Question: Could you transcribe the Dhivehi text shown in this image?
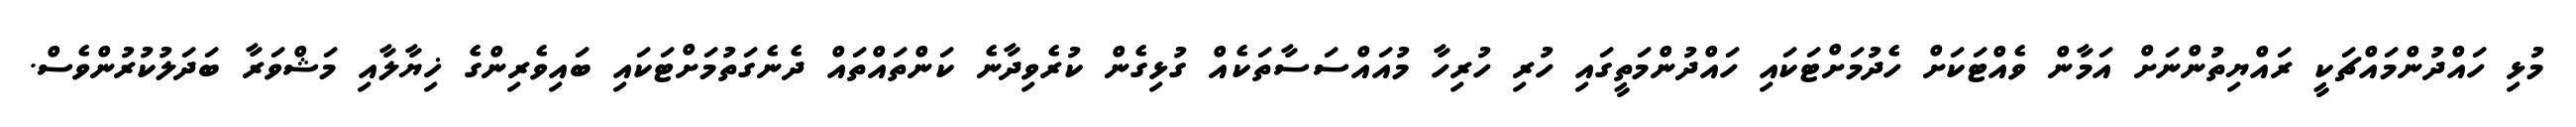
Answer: މުޅި ހައްދުންމައްޗަކީ ރައްޔިތުންނަށް އަމާން ވެއްޓަކަށް ހެދުމަށްޓަކައި ހައްދުންމަތީގައި ހުރި ހުރިހާ މުއައްސަސާތަކެއް ގުޅިގެން ކުރެވިދާނެ ކަންތައްތައް ދެނެގަތުމަށްޓަކައި ބައިވެރިންގެ ޚިޔާލާއި މަޝްވަރާ ބަދަލުކުރުންވެސް.